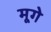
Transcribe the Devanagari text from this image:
मूगे